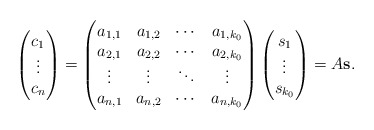
\begin{align*} \begin{pmatrix} c_1 \\ \vdots \\ c_{n} \end{pmatrix}= \begin{pmatrix} a_{1,1} & a_{1,2} & \cdots & a_{1,{k_0}} \\ a_{2,1} & a_{2,2} & \cdots & a_{2,{k_0}} \\ \vdots & \vdots & \ddots & \vdots \\ a_{n,1} & a_{n,2} & \cdots & a_{n,{k_0}} \end{pmatrix} \begin{pmatrix} s_1 \\ \vdots \\ s_{k_0} \end{pmatrix} = A \bf{s}.\end{align*}